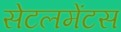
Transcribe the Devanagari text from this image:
सेटलमेंटस